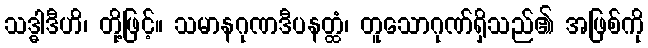
သဒ္ဓါဒီဟိ၊ တို့ဖြင့်။ သမာနဂုဏဒီပနတ္ထံ၊ တူသောဂုဏ်ရှိသည်၏ အဖြစ်ကို